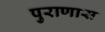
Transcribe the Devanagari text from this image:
पुराणास